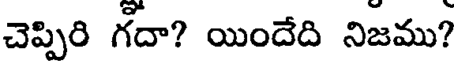
చెప్పిరి గదా? యిందేది నిజము?